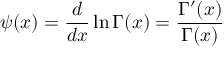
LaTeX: \psi ( x ) = { \frac { d } { d x } } \ln \Gamma ( x ) = { \frac { \Gamma ^ { \prime } ( x ) } { \Gamma ( x ) } }